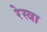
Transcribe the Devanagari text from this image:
रेस्त्रा